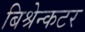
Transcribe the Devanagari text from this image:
बिश्रेन्कटर